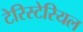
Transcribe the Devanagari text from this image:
टेरिस्टेरियल